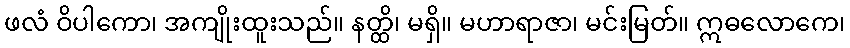
ဖလံ ဝိပါကော၊ အကျိုးထူးသည်။ နတ္ထိ၊ မရှိ။ မဟာရာဇာ၊ မင်းမြတ်။ ဣဓလောကေ၊